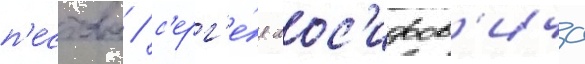
п'естова / с'ерг'е́я иос'ифов'ича